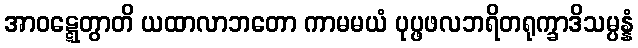
အာဝဋ္ဋေတွာတိ ယထာလာဘတော ကာမမယံ ပုပ္ဖဖလဘရိတရုက္ခာဒိသမ္ပန္နံ